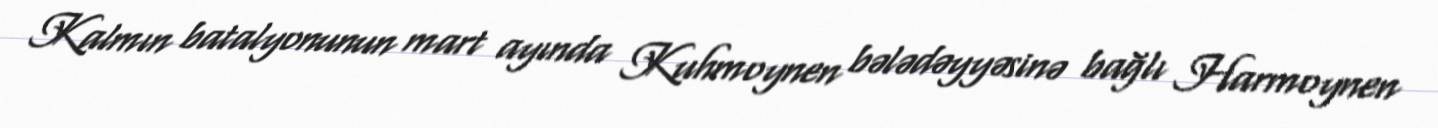
Kalmın batalyonunun mart ayında Kuhmoynen bələdəyyəsinə bağlı Harmoynen